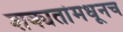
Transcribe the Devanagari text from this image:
शक्यतांमधूनच